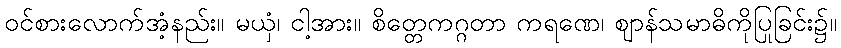
ဝင်စားလောက်အံ့နည်း။ မယှံ၊ ငါ့အား။ စိတ္တေကဂ္ဂတာ ကရဏေ၊ ဈာန်သမာဓိကိုပြုခြင်း၌။